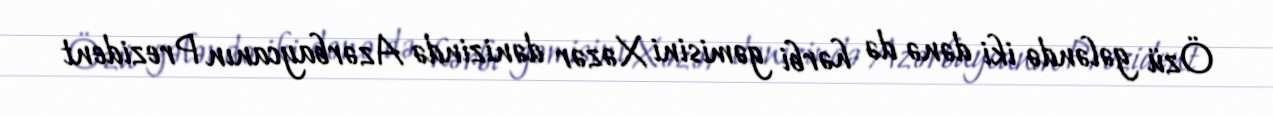
Özü gələndə iki dənə də hərbi gəmisini Xəzər dənizində Azərbaycanın Prezident